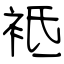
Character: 袛